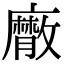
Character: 𢋮